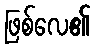
ဖြစ်လေ၏